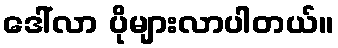
ဒေါ်လာ ပိုများလာပါတယ်။